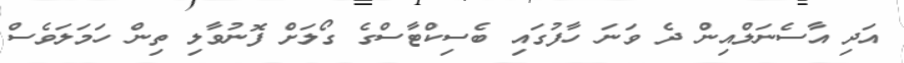
އަދި އާސެނަލްއިން ދެ ވަނަ ހާފުގައި ބެސިކްޓާސްގެ ގޯލަށް ފޮނުވާލި ތިން ހަމަލަވެސް